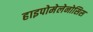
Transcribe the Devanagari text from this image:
हाइपोमेलेनोसिस